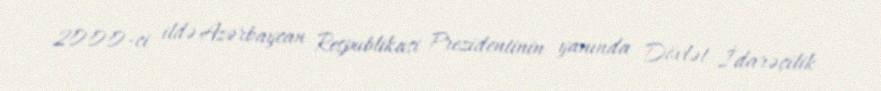
2000-ci ildə Azərbaycan Respublikasi Prezidentinin yanında Dövlət İdarəçilik